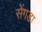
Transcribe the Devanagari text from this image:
सेंगडा